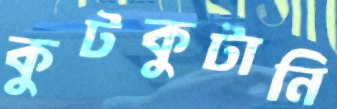
কুটকুটানি